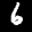
Label: 6